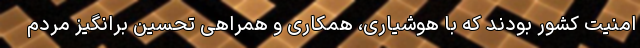
امنیت کشور بودند که با هوشیاری، همکاری و همراهی تحسین برانگیز مردم